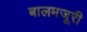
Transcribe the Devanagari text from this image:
बालमजूरी